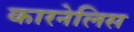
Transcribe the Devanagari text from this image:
कारनेलिस